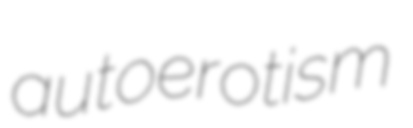
autoerotism